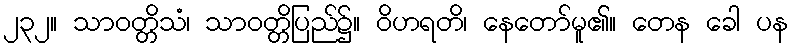
၂၃၂။ သာဝတ္တိသံ၊ သာဝတ္တိပြည်၌။ ဝိဟရတိ၊ နေတော်မူ၏။ တေန ခေါ ပန